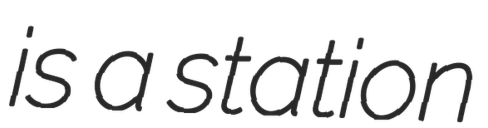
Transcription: is a station